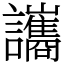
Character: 讗